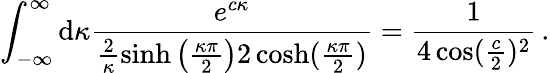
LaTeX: \int_{-\infty}^{\infty}\mathrm{d}\kappa\frac{{e^{c\kappa}}}{{\frac{{2}}{{\kappa}}\sinh\left(\frac{{\kappa\pi}}{{2}}\right)2\cosh(\frac{{\kappa\pi}}{2})}}=\frac{{1}}{{4\cos({\frac{{c}}{{2}}})^{2}}}\, .